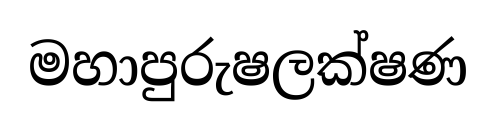
මහාපුරුෂලක්ෂණ